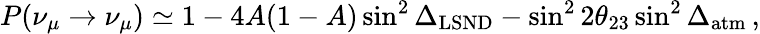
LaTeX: P(\nu_{\mu}\to\nu_{\mu})\simeq 1-4A(1-A)\sin^{2}\Delta_{\mathrm{LSND}}-\sin^{2}2\theta_{23}\sin^{2}\Delta_{\mathrm{atm}}\, ,